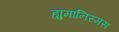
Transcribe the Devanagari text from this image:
ह्युमानिस्मस